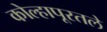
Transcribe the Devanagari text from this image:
कोल्हापूरतले